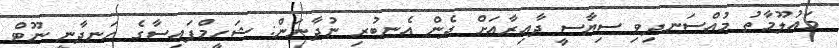
މައުލޫމާތު މުއްސަނދިވި ސިޔާސީ ދާއިރާއަށް ދެން އެނބުރި ނުދާނަން: ޝަހީމްފައިސާގެ ހަނދާނީ ނޫޓް